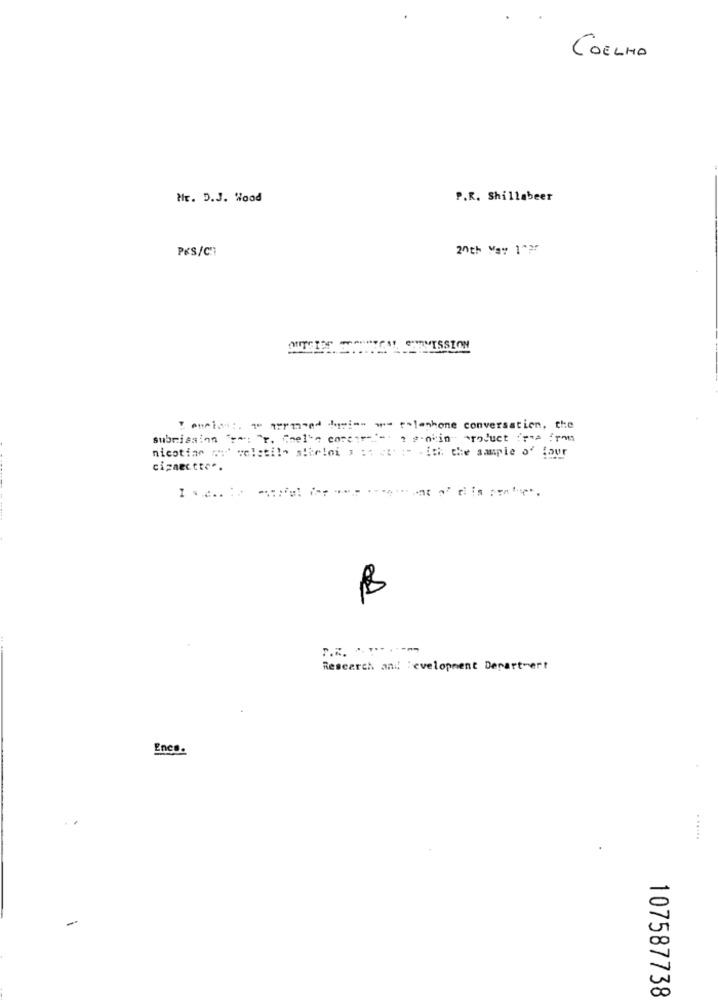
COELHO
Mr. D.J. Wood
P.R. Shillabeer
PKS/C'1
20th Way 1">
Tonetes :. 10 221med heim- w rhlophone conversation, the
submission "e": "r. Chel'a comcar-"- a provin product "> from
nicotine mu' velati!" siteloi , : 1 c :: :- - ith the sample of four
cizaectto".
B
Research and Development Department
Encs.
. .....
107587738